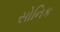
સોનિક